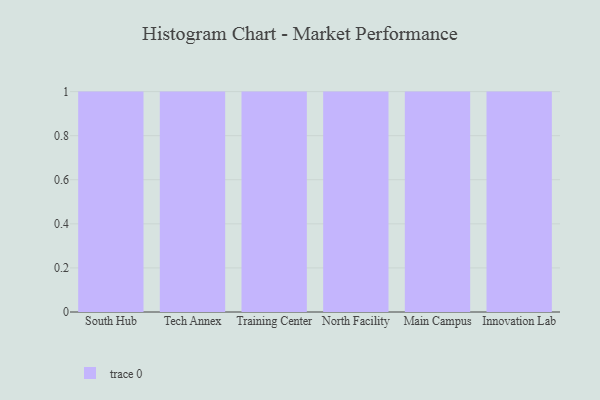
{"axis": {"x": "Campus", "y": "Tickets Resolved"}, "legend": [""], "data": [{"x": "South Hub", "y": 19, "type": ""}, {"x": "Tech Annex", "y": 11, "type": ""}, {"x": "Training Center", "y": 75, "type": ""}, {"x": "North Facility", "y": 60, "type": ""}, {"x": "Main Campus", "y": 31, "type": ""}, {"x": "Innovation Lab", "y": 19, "type": ""}]}